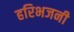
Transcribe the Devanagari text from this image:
हरिभजनी